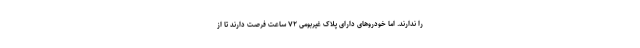
را ندارند. اما خودروهای دارای پلاک غیربومی ۷۲ ساعت فرصت دارند تا از